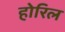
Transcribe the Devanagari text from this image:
होरिल